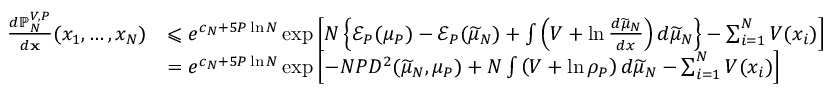
\begin{array} { r l } { \frac { d \mathbb { P } _ { N } ^ { V , P } } { d \mathbf { x } } ( x _ { 1 } , \ldots , x _ { N } ) } & { \leqslant e ^ { c _ { N } + 5 P \ln N } \exp { \left[ N \left\{ \mathcal { E } _ { P } ( \mu _ { P } ) - \mathcal { E } _ { P } ( \widetilde { \mu } _ { N } ) + \int \left( V + \ln \frac { d \widetilde { \mu } _ { N } } { d x } \right) d \widetilde { \mu } _ { N } \right\} - \sum _ { i = 1 } ^ { N } V ( x _ { i } ) \right] } } \\ & { = e ^ { c _ { N } + 5 P \ln N } \exp { \left[ - N P D ^ { 2 } ( \widetilde { \mu } _ { N } , \mu _ { P } ) + N \int \left( V + \ln \rho _ { P } \right) d \widetilde { \mu } _ { N } - \sum _ { i = 1 } ^ { N } V ( x _ { i } ) \right] } \, } \end{array}